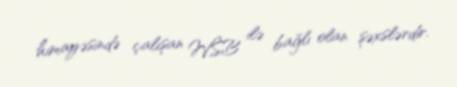
himayəsində çalışan WSB ilə bağlı olan şəxslərdir.